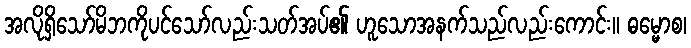
အလိုရှိသော်မိဘကိုပင်သော်လည်းသတ်အပ်၏ ဟူသောအနက်သည်လည်းကောင်း။ ဓမ္မောစ၊